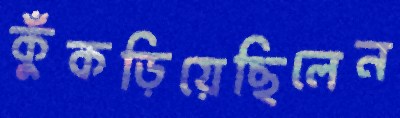
কুঁকড়িয়েছিলেন